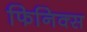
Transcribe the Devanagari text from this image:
फिनिक्‍स